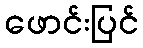
ဖောင်းပြင်